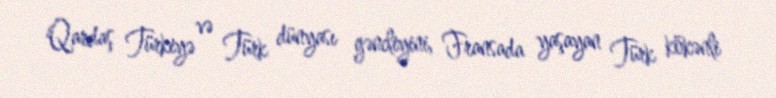
Qardaş Türkiyə və Türk dünyası gəncliyini, Fransada yaşayan Türk kökənli